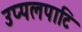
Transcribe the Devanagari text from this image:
उप्पलपाटि